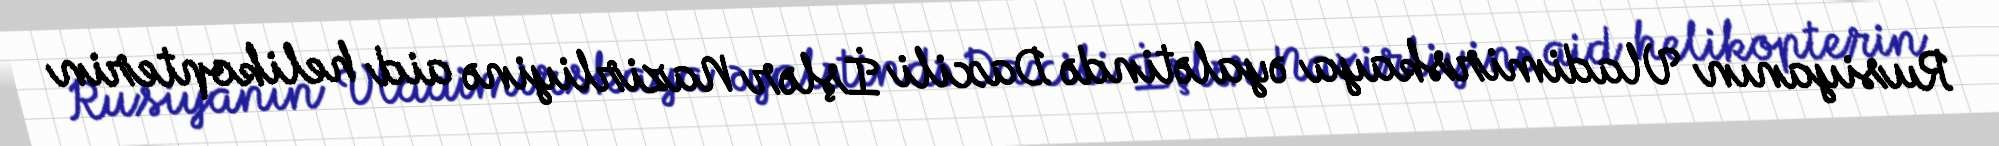
Rusiyanın Vladimirskaya əyalətində Daxili İşlər Nazirliyinə aid helikopterin